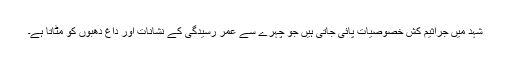
شہد میں جراثیم کش خصوصیات پائی جاتی ہیں جو چہرے سے عمر رسیدگی کے نشانات اور داغ دھبوں کو مٹاتا ہے۔